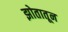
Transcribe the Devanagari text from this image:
झोतातून